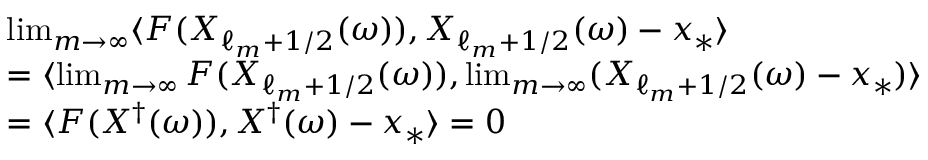
\begin{array} { r l } & { \operatorname* { l i m } _ { m \to \infty } \langle F ( X _ { \ell _ { m } + 1 / 2 } ( \omega ) ) , X _ { \ell _ { m } + 1 / 2 } ( \omega ) - x _ { * } \rangle } \\ & { = \langle \operatorname* { l i m } _ { m \to \infty } F ( X _ { \ell _ { m } + 1 / 2 } ( \omega ) ) , \operatorname* { l i m } _ { m \to \infty } ( X _ { \ell _ { m } + 1 / 2 } ( \omega ) - x _ { * } ) \rangle } \\ & { = \langle F ( X ^ { \dagger } ( \omega ) ) , X ^ { \dagger } ( \omega ) - x _ { * } \rangle = 0 } \end{array}